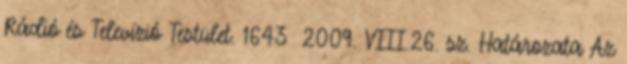
Rádió és Televízió Testület. 1643 2009. VIII.26. sz. Határozata Az